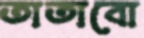
তাতাবো